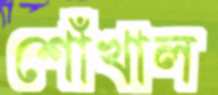
শোঁখাল